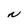
Character: N